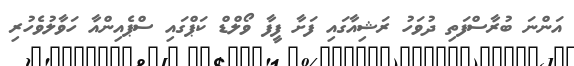
އަންނަ ބުރާސްފަތި ދުވަހު ރަޝިއާގައި ފަށާ ފީފާ ވޯލްޑް ކަޕްގައި ސްޕެއިންއާ ހަވާލުވެހުރި